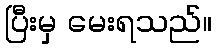
ပြီးမှ မေးရသည်။